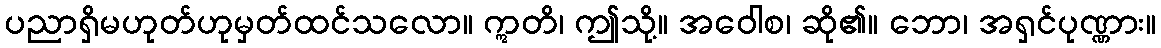
ပညာရှိမဟုတ်ဟုမှတ်ထင်သလော။ ဣတိ၊ ဤသို့။ အဝေါစ၊ ဆို၏။ ဘော၊ အရှင်ပုဏ္ဏား။